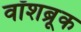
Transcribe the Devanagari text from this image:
वॉशब्रूक